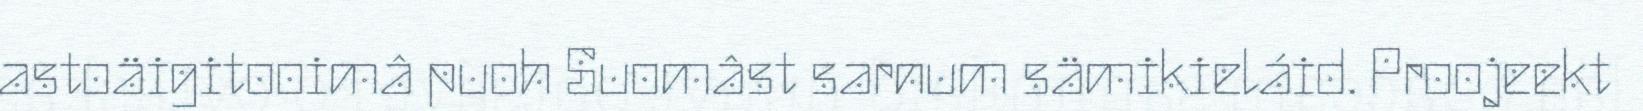
astoäigitooimâ puoh Suomâst sarnum sämikieláid. Proojeekt